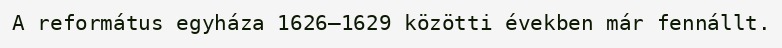
A református egyháza 1626–1629 közötti években már fennállt.